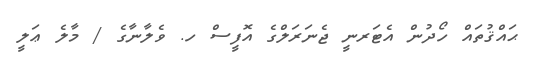
ޙައްޤުތައް ހޯދުން އެޓަރނީ ޖެނަރަލްގެ އޮފީސް ހ. ވެލާނާގެ / މާލެ ޢަލީ